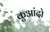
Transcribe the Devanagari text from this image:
कुआंदो